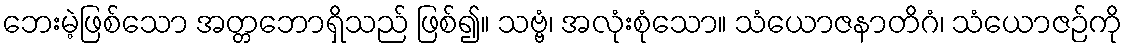
ဘေးမဲ့ဖြစ်သော အတ္တဘောရှိသည် ဖြစ်၍။ သဗ္ဗံ၊ အလုံးစုံသော။ သံယောဇနာတိဂံ၊ သံယောဇဉ်ကို